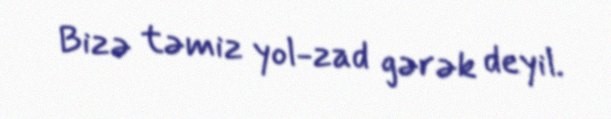
Bizə təmiz yol-zad gərək deyil.